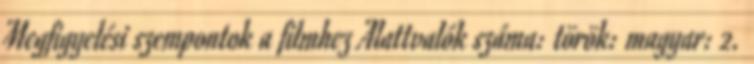
Megfigyelési szempontok a filmhez Alattvalók száma: török: magyar: 2.